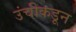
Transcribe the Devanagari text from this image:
उंचीकडून